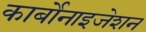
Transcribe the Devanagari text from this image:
कार्बोनाइजेशन